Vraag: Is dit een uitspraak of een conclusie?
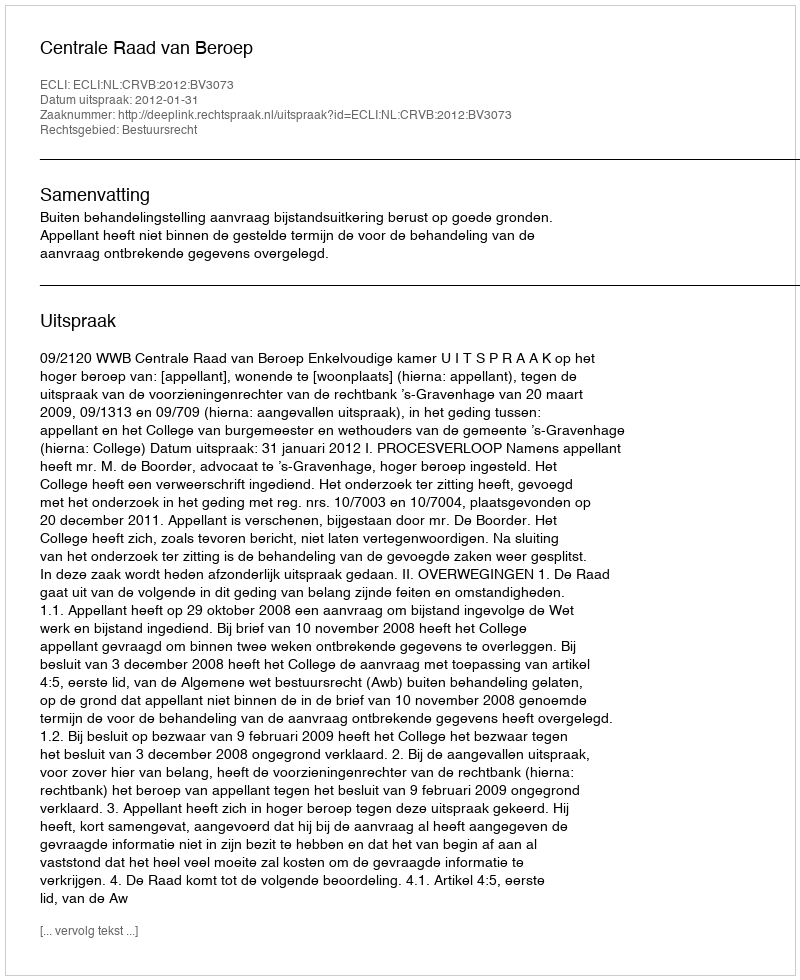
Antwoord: Uitspraak